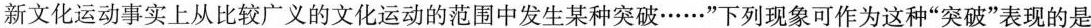
新文化运动事实上从比较广义的文化运动的范围中发生某种突破……”下列现象可作为这种”突破”表现的是